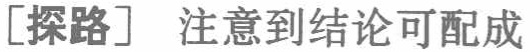
[探路] 注意到结论可配成